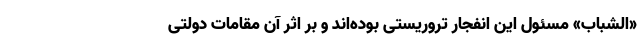
«الشباب» مسئول این انفجار تروریستی بوده‌اند و بر اثر آن مقامات دولتی